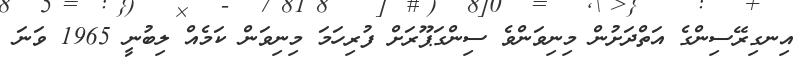
އިނގިރޭސިންގެ އަތްދަށުން މިނިވަންވެ ސިންގަޕޫރަށް ފުރިހަމަ މިނިވަން ކަމެއް ލިބުނީ 1965 ވަނަ